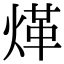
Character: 煂